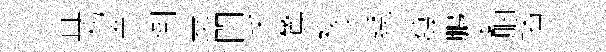
宜枋簟倒麦閶禾驚複羊綉發鵬妻胭播